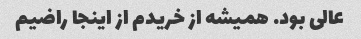
عالی بود. همیشه از خریدم از اینجا راضیم